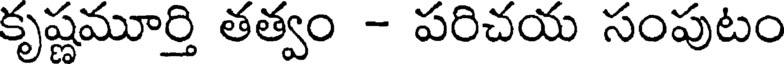
కృష్ణమూర్తి తత్వం - పరిచయ సంపుటం